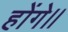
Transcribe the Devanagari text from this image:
होंगे।।